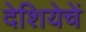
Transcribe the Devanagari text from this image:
देशियेचें